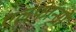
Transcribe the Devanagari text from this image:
एलफाॅन्सो